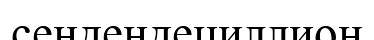
сендендециллион